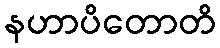
နဟာပိတောတိ